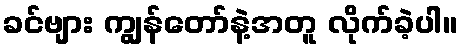
ခင်ဗျား ကျွန်တော်နဲ့အတူ လိုက်ခဲ့ပါ။